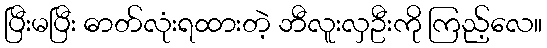
ပြီးမပြီး ဓာတ်လုံးရထားတဲ့ ဘီလူးလှဦးကို ကြည့်လေ။